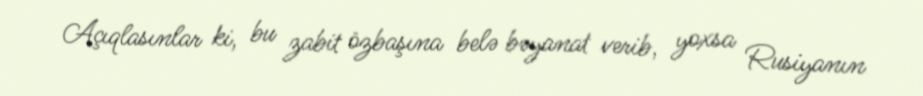
Açıqlasınlar ki, bu zabit özbaşına belə bəyanat verib, yoxsa Rusiyanın